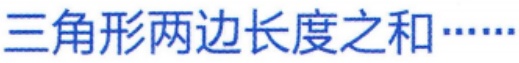
三角形两边长度之和……